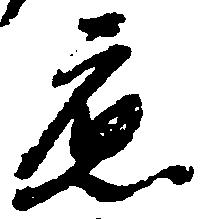
応